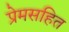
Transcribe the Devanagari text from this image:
प्रेमसहित